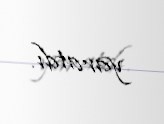
yaratdı.